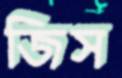
জিস